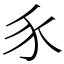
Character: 𧰨